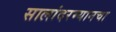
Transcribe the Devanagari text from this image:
सालांदरम्यानचा